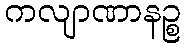
ကလျာဏာနဉ္စ